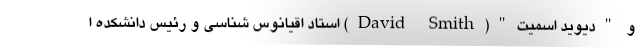
و "دیوید اسمیت"(David Smith) استاد اقیانوس شناسی و رئیس دانشکده ا